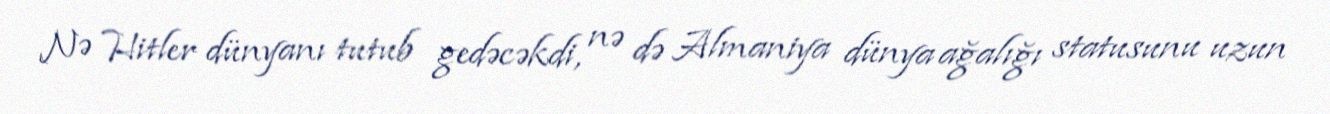
Nə Hitler dünyanı tutub gedəcəkdi, nə də Almaniya dünya ağalığı statusunu uzun